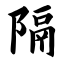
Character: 隔